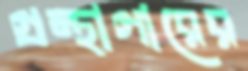
গ্রন্থাগারের